Code of medical and sanitary regulations for the guidance of medical officers serving in the Madras Presidency - Volume I
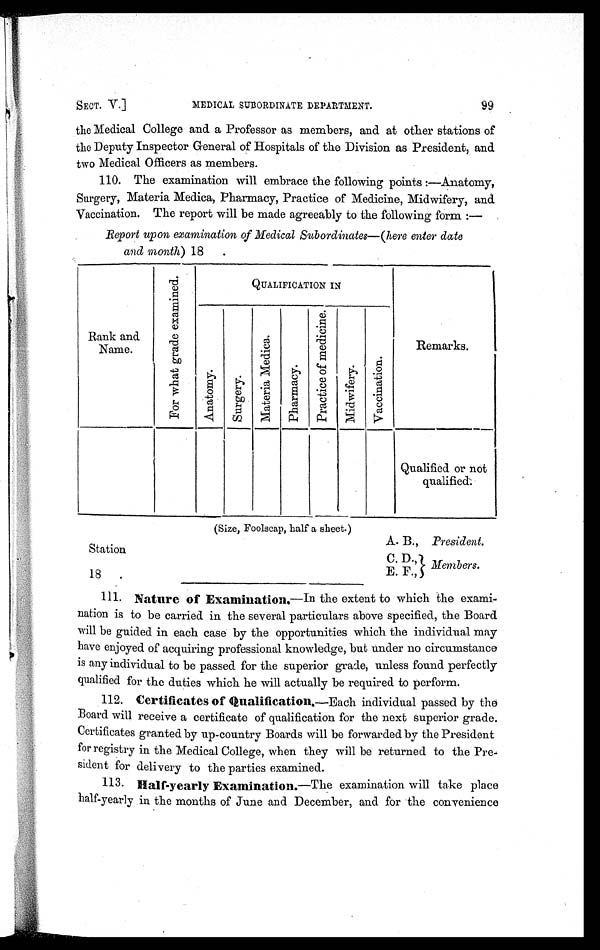
SECT. V.]
MEDICAL SUBORDINATE DEPARTMENT.
99
Station
18
A. B., President.
Members.
(Size, Foolscap, half a sheet.)
C. D.,
E. F.,
the Medical College and a Professor as members, and at other stations of
the Deputy Inspector General of Hospitals of the Division as President, and
two Medical Officers as members.
110. The examination will embrace the following points :—Anatomy,
Surgery, Materia Medica, Pharmacy, Practice of Medicine, Midwifery, and
Vaccination. The report will be made agreeably to the following form :—
Report upon examination of Medical Subordinates—(here enter date
and month) 18 .
Rank and
Name.
F o r w h a t g r a d e e x a m i n e d .
QUALIFICATION IN
A n a t o m y .
S u r g e r y .
M a t e r i a M e d i c a .
P h a r m a c y .
P r a c t i c e o f m e d i c i n e .
M i d w i f e r y .
V a c c i n a t i o n .
Remarks.
Qualified or not
qualified.
111. Nature of Examinations. — I n
the extent to which the exami-
nation is to be carried in the several particulars above specified, the Board
will be guided in each case by the opportunities which the individual may
have enjoyed of acquiring professional knowledge, but under no circumstance
is any individual to be passed for the superior grade, unless found perfectly
qualified for the duties which he will actually be required to perform.
112. Certificates of Qualification.—Each individual passed by the
Board will receive a certificate of qualification for the next superior grade.
Certificates granted by up-country Boards will be forwarded by the President
for registry in the Medical College, when they will be returned to the Pre-
sident for delivery to the parties examined.
113. Half-yearly Examination .—The examination will take place
half-yearly in the months of June and December, and for the convenience